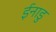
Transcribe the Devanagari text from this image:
ईनाडु